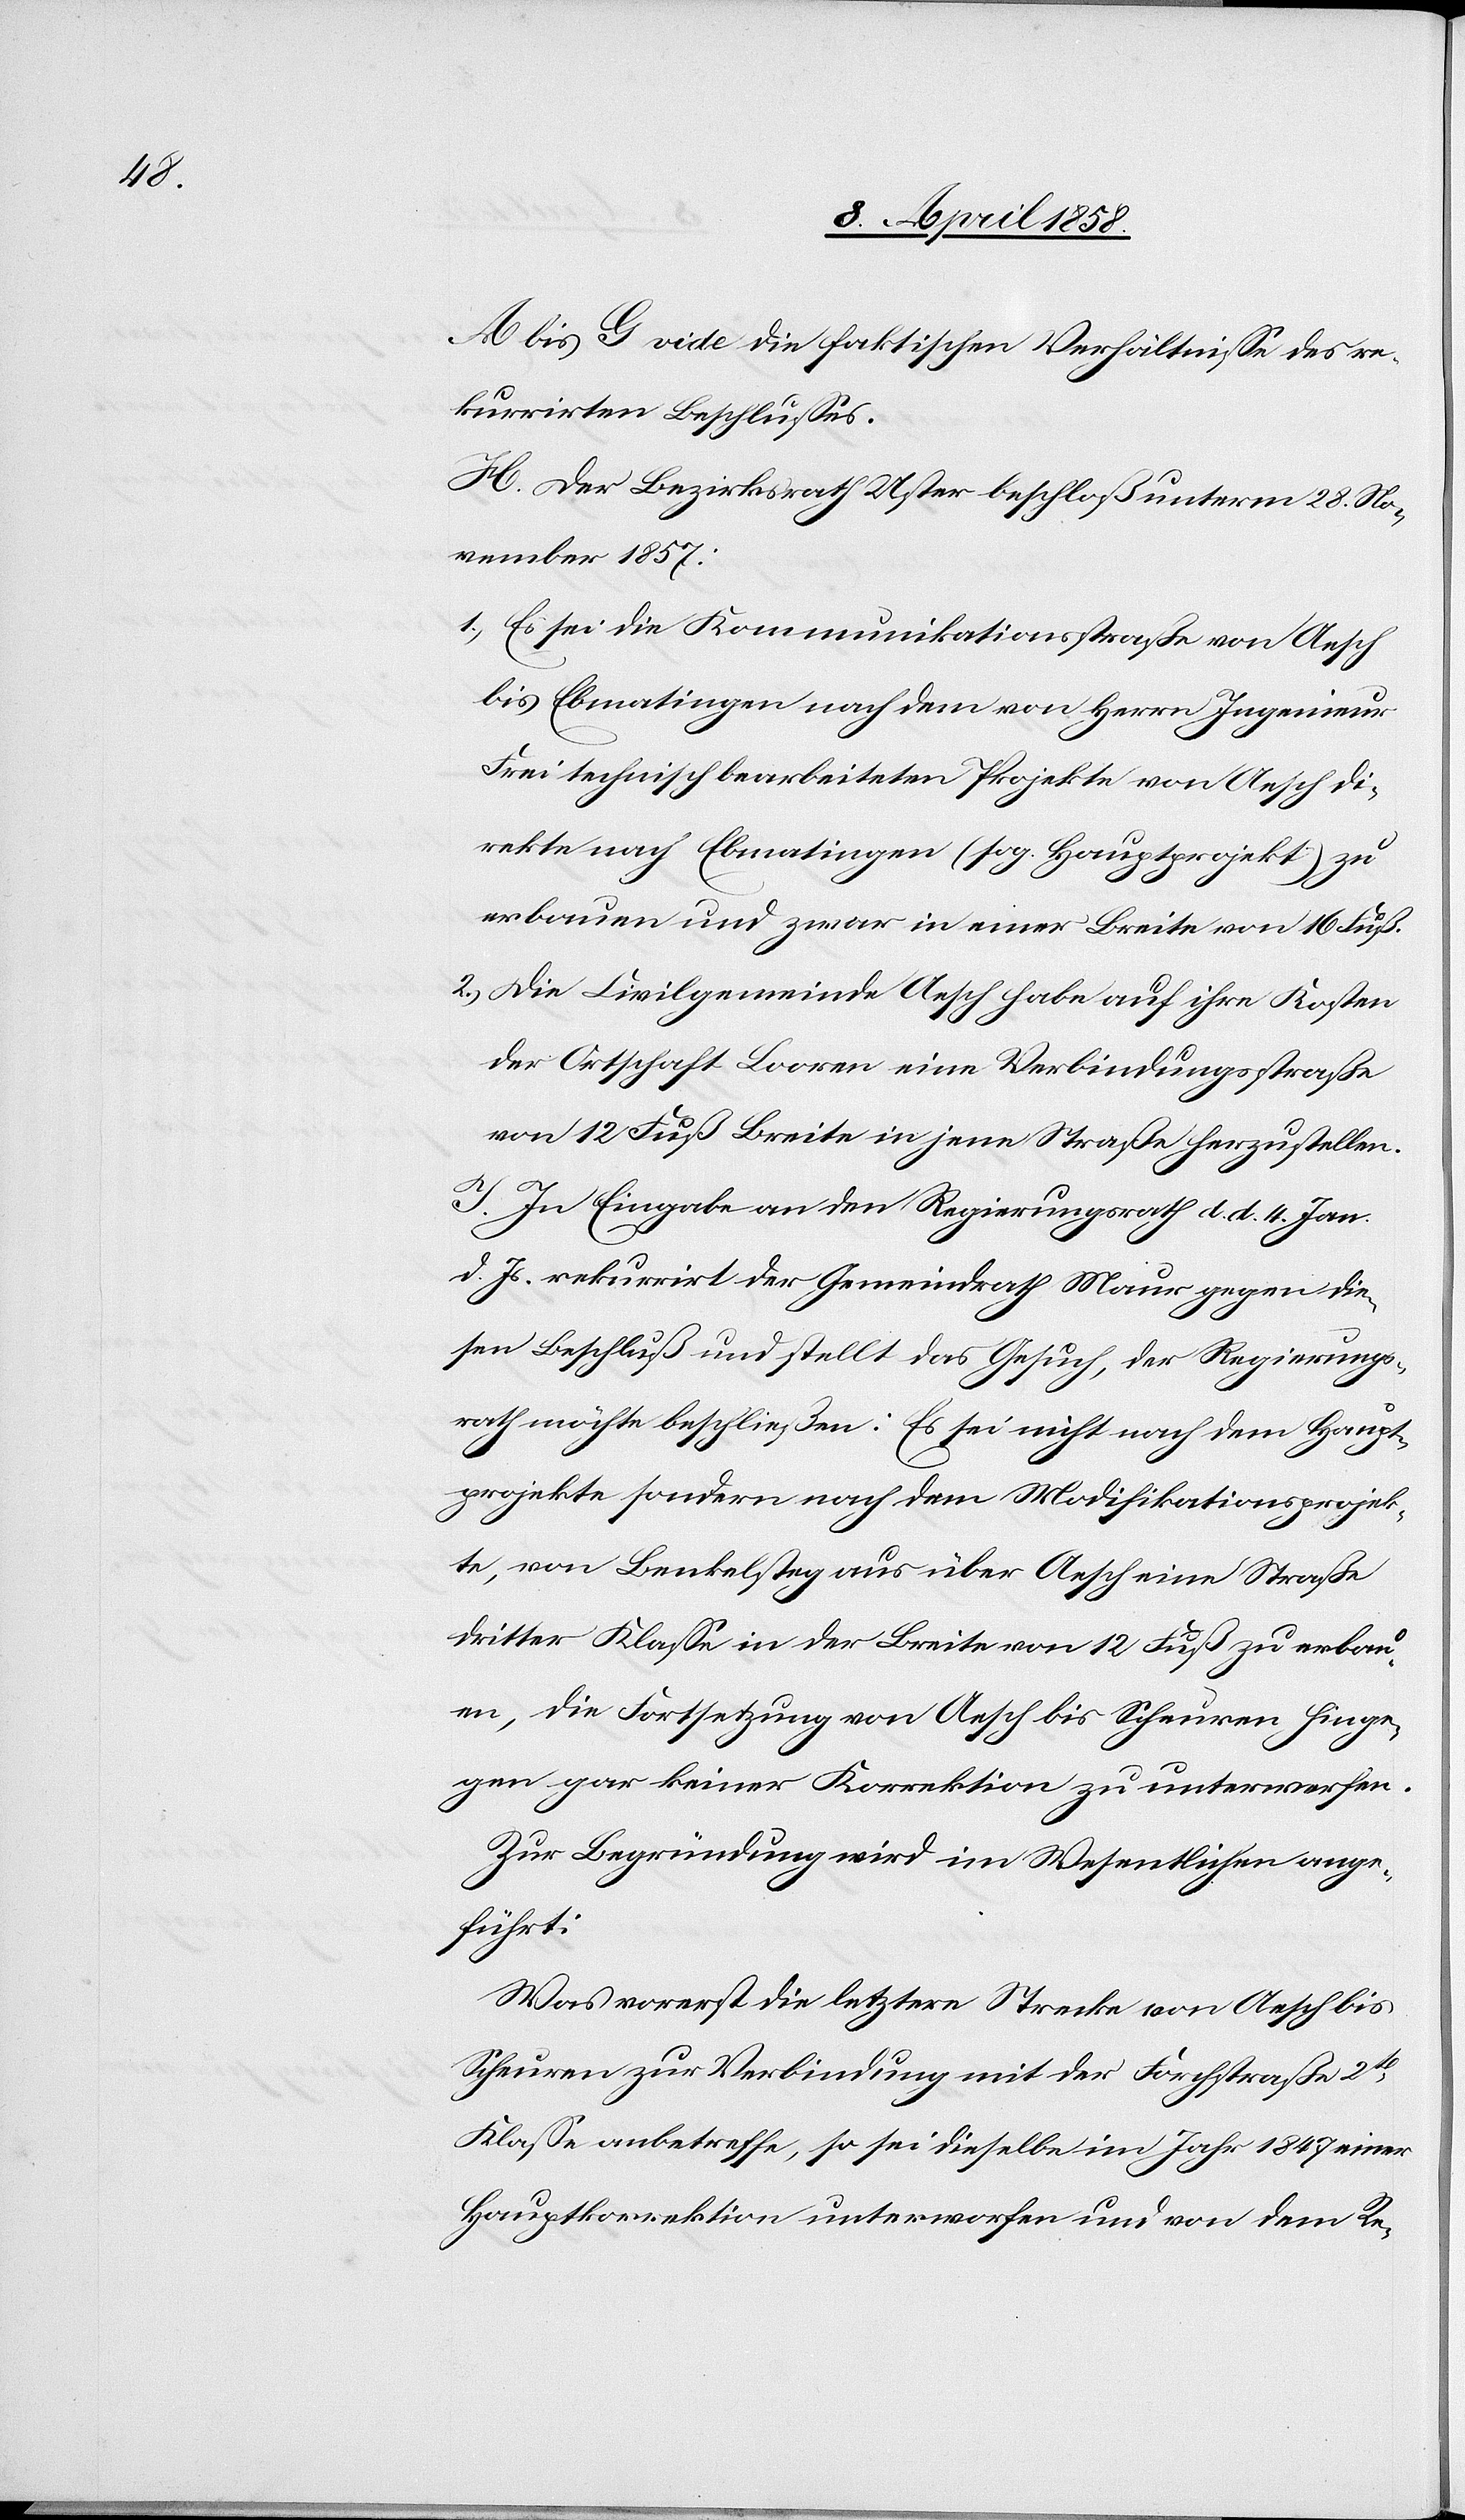
A bis G vide die faktischen Verhältnisse des re¬
kurrirten Beschlusses.
H. Der Bezirksrath Uster beschloß unterm 28. No¬
vember 1857:
1.) Es sei die Kommunikationsstraße von Aesch
bis Ebmatingen nach dem von Herrn Ingenieur
Frei technisch bearbeiteten Projekte von Aesch di¬
rekte nach Ebmatingen (sog. Hauptprojekt) zu
erbauen und zwar in einer Breite von 16 Fuß.
2.) Die Civilgemeinde Aesch habe auf ihre Kosten
der Ortschaft Looren eine Verbindungsstraße
von 12 Fuß Breite in jene Straße herzustellen.
J. In Eingabe an den Regierungsrath d. d. 4. Jan.
d. Js. rekurrirt der Gemeindrath Maur gegen die¬
sen Beschluß und stellt das Gesuch, der Regierungs¬
rath möchte beschließen: Es sei nicht nach dem Haupt¬
projekte sondern nach dem Modifikationsprojek¬
te, von Benkelsteg aus über Aesch eine Straße
dritter Klasse in der Breite von 12 Fuß zu erbau¬
en, die Fortsetzung von Aesch bis Scheuren hinge¬
gen gar keiner Korrektion zu unterwerfen.
Zur Begründung wird im Wesentlichen ange¬
führt:
Was vorerst die letztere Strecke von Aesch bis
Scheuren zur Verbindung mit der Forchstraße 2tr
Klasse anbetreffe, so sei dieselbe im Jahr 1847 einer
Hauptkorrektion unterworfen und von dem Re-